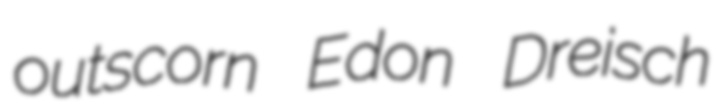
outscorn Edon Dreisch